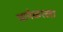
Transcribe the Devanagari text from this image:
चापेकरला